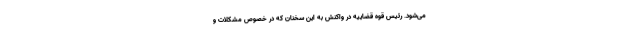
می‌شود. رئیس قوه قضاییه در واکنش به این سخنان که در خصوص مشکلات و